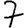
Digit: 7